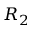
R _ { 2 }